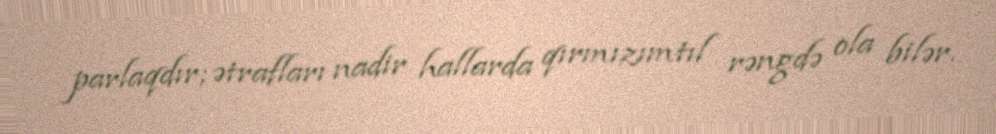
parlaqdır; ətrafları nadir hallarda qırmızımtıl rəngdə ola bilər.